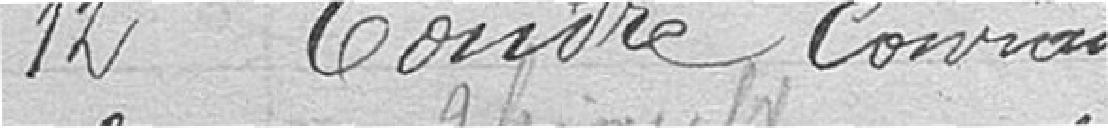
12. TOUDRE, Conrad